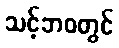
သင့်ဘဝတွင်